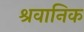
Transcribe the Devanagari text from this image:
श्रवानिक